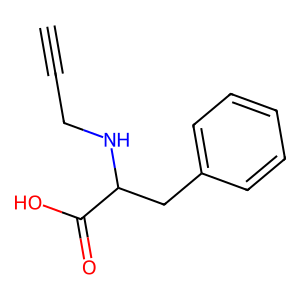
SMILES: C#CCNC(Cc1ccccc1)C(=O)O
Inhibits HIV replication: No